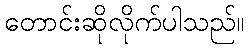
တောင်းဆိုလိုက်ပါသည်။